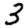
Digit: 3